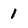
Character: 1